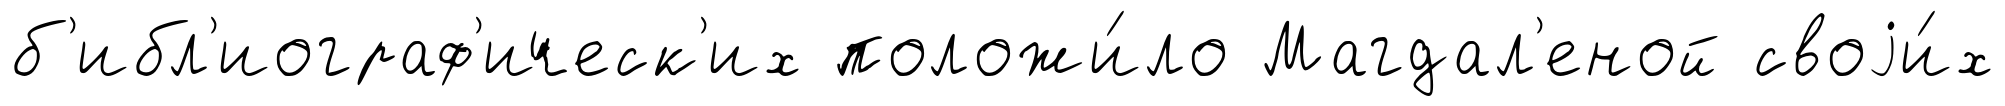
б'ибл'иограф'ическ'их положи́ло Магдал'еной своjи́х